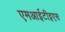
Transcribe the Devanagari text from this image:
एमआईटीइएस